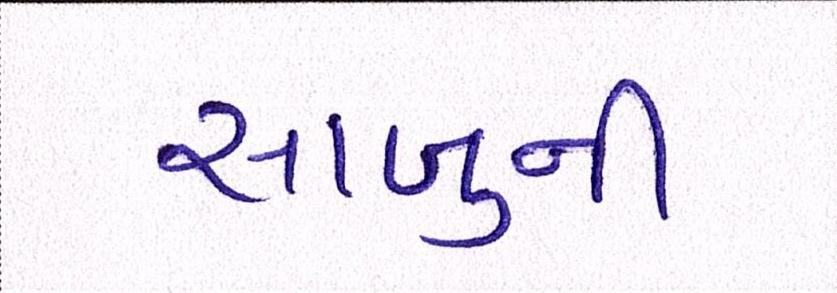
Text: સાબુની